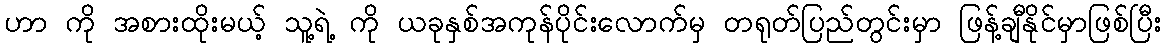
ဟာ ကို အစားထိုးမယ့် သူ့ရဲ့ ကို ယခုနှစ်အကုန်ပိုင်းလောက်မှ တရုတ်ပြည်တွင်းမှာ ဖြန့်ချီနိုင်မှာဖြစ်ပြီး